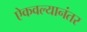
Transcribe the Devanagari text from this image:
ऐकवल्यानंतर